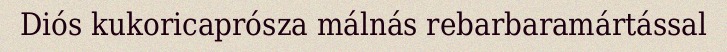
Diós kukoricaprósza málnás rebarbaramártással